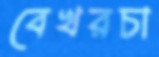
বেখরচা